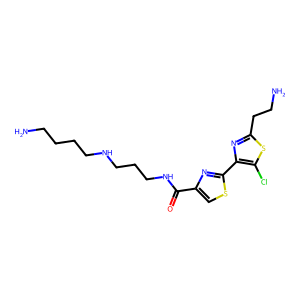
SMILES: NCCCCNCCCNC(=O)c1csc(-c2nc(CCN)sc2Cl)n1
Inhibits HIV replication: No